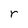
Character: r